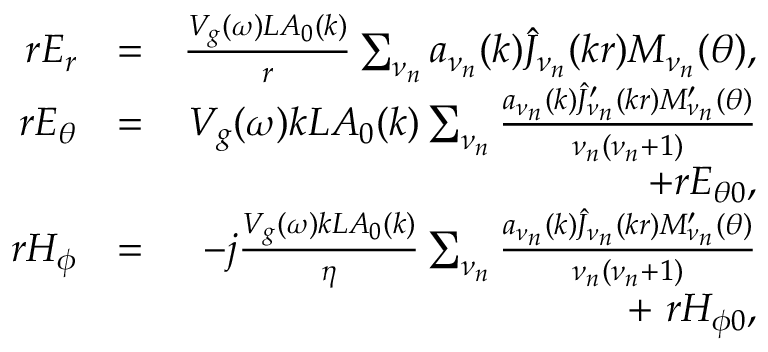
\begin{array} { r l r } { r E _ { r } } & { = } & { \frac { V _ { g } ( \omega ) L A _ { 0 } ( k ) } { r } \sum _ { \nu _ { n } } a _ { \nu _ { n } } ( k ) \widehat { J } _ { \nu _ { n } } ( k r ) M _ { \nu _ { n } } ( \theta ) , } \\ { r E _ { \theta } } & { = } & { V _ { g } ( \omega ) k L A _ { 0 } ( k ) \sum _ { \nu _ { n } } \frac { a _ { \nu _ { n } } ( k ) \widehat { J } _ { \nu _ { n } } ^ { \prime } ( k r ) M _ { \nu _ { n } } ^ { \prime } ( \theta ) } { \nu _ { n } ( \nu _ { n } + 1 ) } } \\ & { } & { + r E _ { \theta 0 } , } \\ { r H _ { \phi } } & { = } & { - j \frac { V _ { g } ( \omega ) k L A _ { 0 } ( k ) } { \eta } \sum _ { \nu _ { n } } \frac { a _ { \nu _ { n } } ( k ) \widehat { J } _ { \nu _ { n } } ( k r ) M _ { \nu _ { n } } ^ { \prime } ( \theta ) } { \nu _ { n } ( \nu _ { n } + 1 ) } } \\ & { } & { + \ r H _ { \phi 0 } , } \end{array}